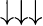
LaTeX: \downarrow\downarrow\downarrow